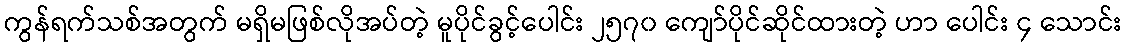
ကွန်ရက်သစ်အတွက် မရှိမဖြစ်လိုအပ်တဲ့ မူပိုင်ခွင့်ပေါင်း ၂၅၇၀ ကျော်ပိုင်ဆိုင်ထားတဲ့ ဟာ ပေါင်း ၄ သောင်း